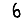
Digit: 6